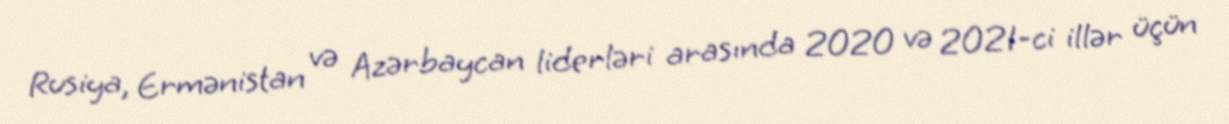
Rusiya, Ermənistan və Azərbaycan liderləri arasında 2020 və 2021-ci illər üçün